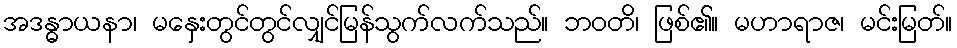
အဒန္ဓာယနာ၊ မနှေးတွင်တွင်လျှင်မြန်သွက်လက်သည်။ ဘဝတိ၊ ဖြစ်၏။ မဟာရာဇ၊ မင်းမြတ်။